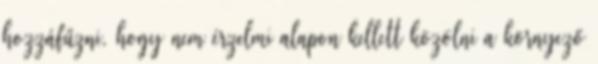
hozzáfűzni, hogy nem érzelmi alapon kellett közölni a környező